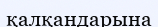
қалқандарына